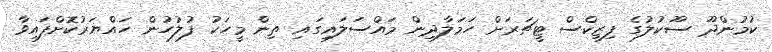
ކުމުންދޫ ސޫކުލުގެ ފިޒިކްސް ޓީޗަރަށް ހަމަލާދިން މައްސަލައިގައި ތިން މީހަކު ފުލުހުން ހައްޔަރުކޮށްފައިވާ